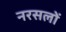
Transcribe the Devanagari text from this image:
नरसलों